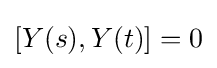
[Y(s),Y(t)]=0